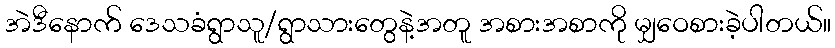
အဲဒီနောက် ဒေသခံရွာသူ/ရွာသားတွေနဲ့အတူ အစားအစာကို မျှဝေစားခဲ့ပါတယ်။